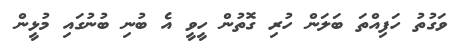
ވަގުތު ހަފިއްތަ ބަލަން ހުރި ގޮތުން ހީވީ އެ ބުނި ބުނުގައި މުޅީން